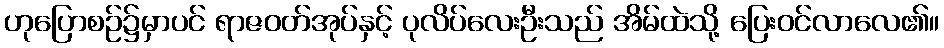
ဟုပြောစဉ်၌မှာပင် ရာဇဝတ်အုပ်နှင့် ပုလိပ်လေးဦးသည် အိမ်ထဲသို့ ပြေးဝင်လာလေ၏။